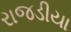
રાજડીયા